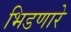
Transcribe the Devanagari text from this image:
भिडणारे